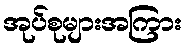
အုပ်စုများအကြား